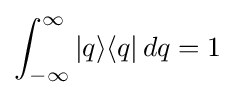
\int _{-\infty }^{\infty }|q\rangle \langle q|\,dq=1